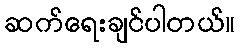
ဆက်ရေးချင်ပါတယ်။